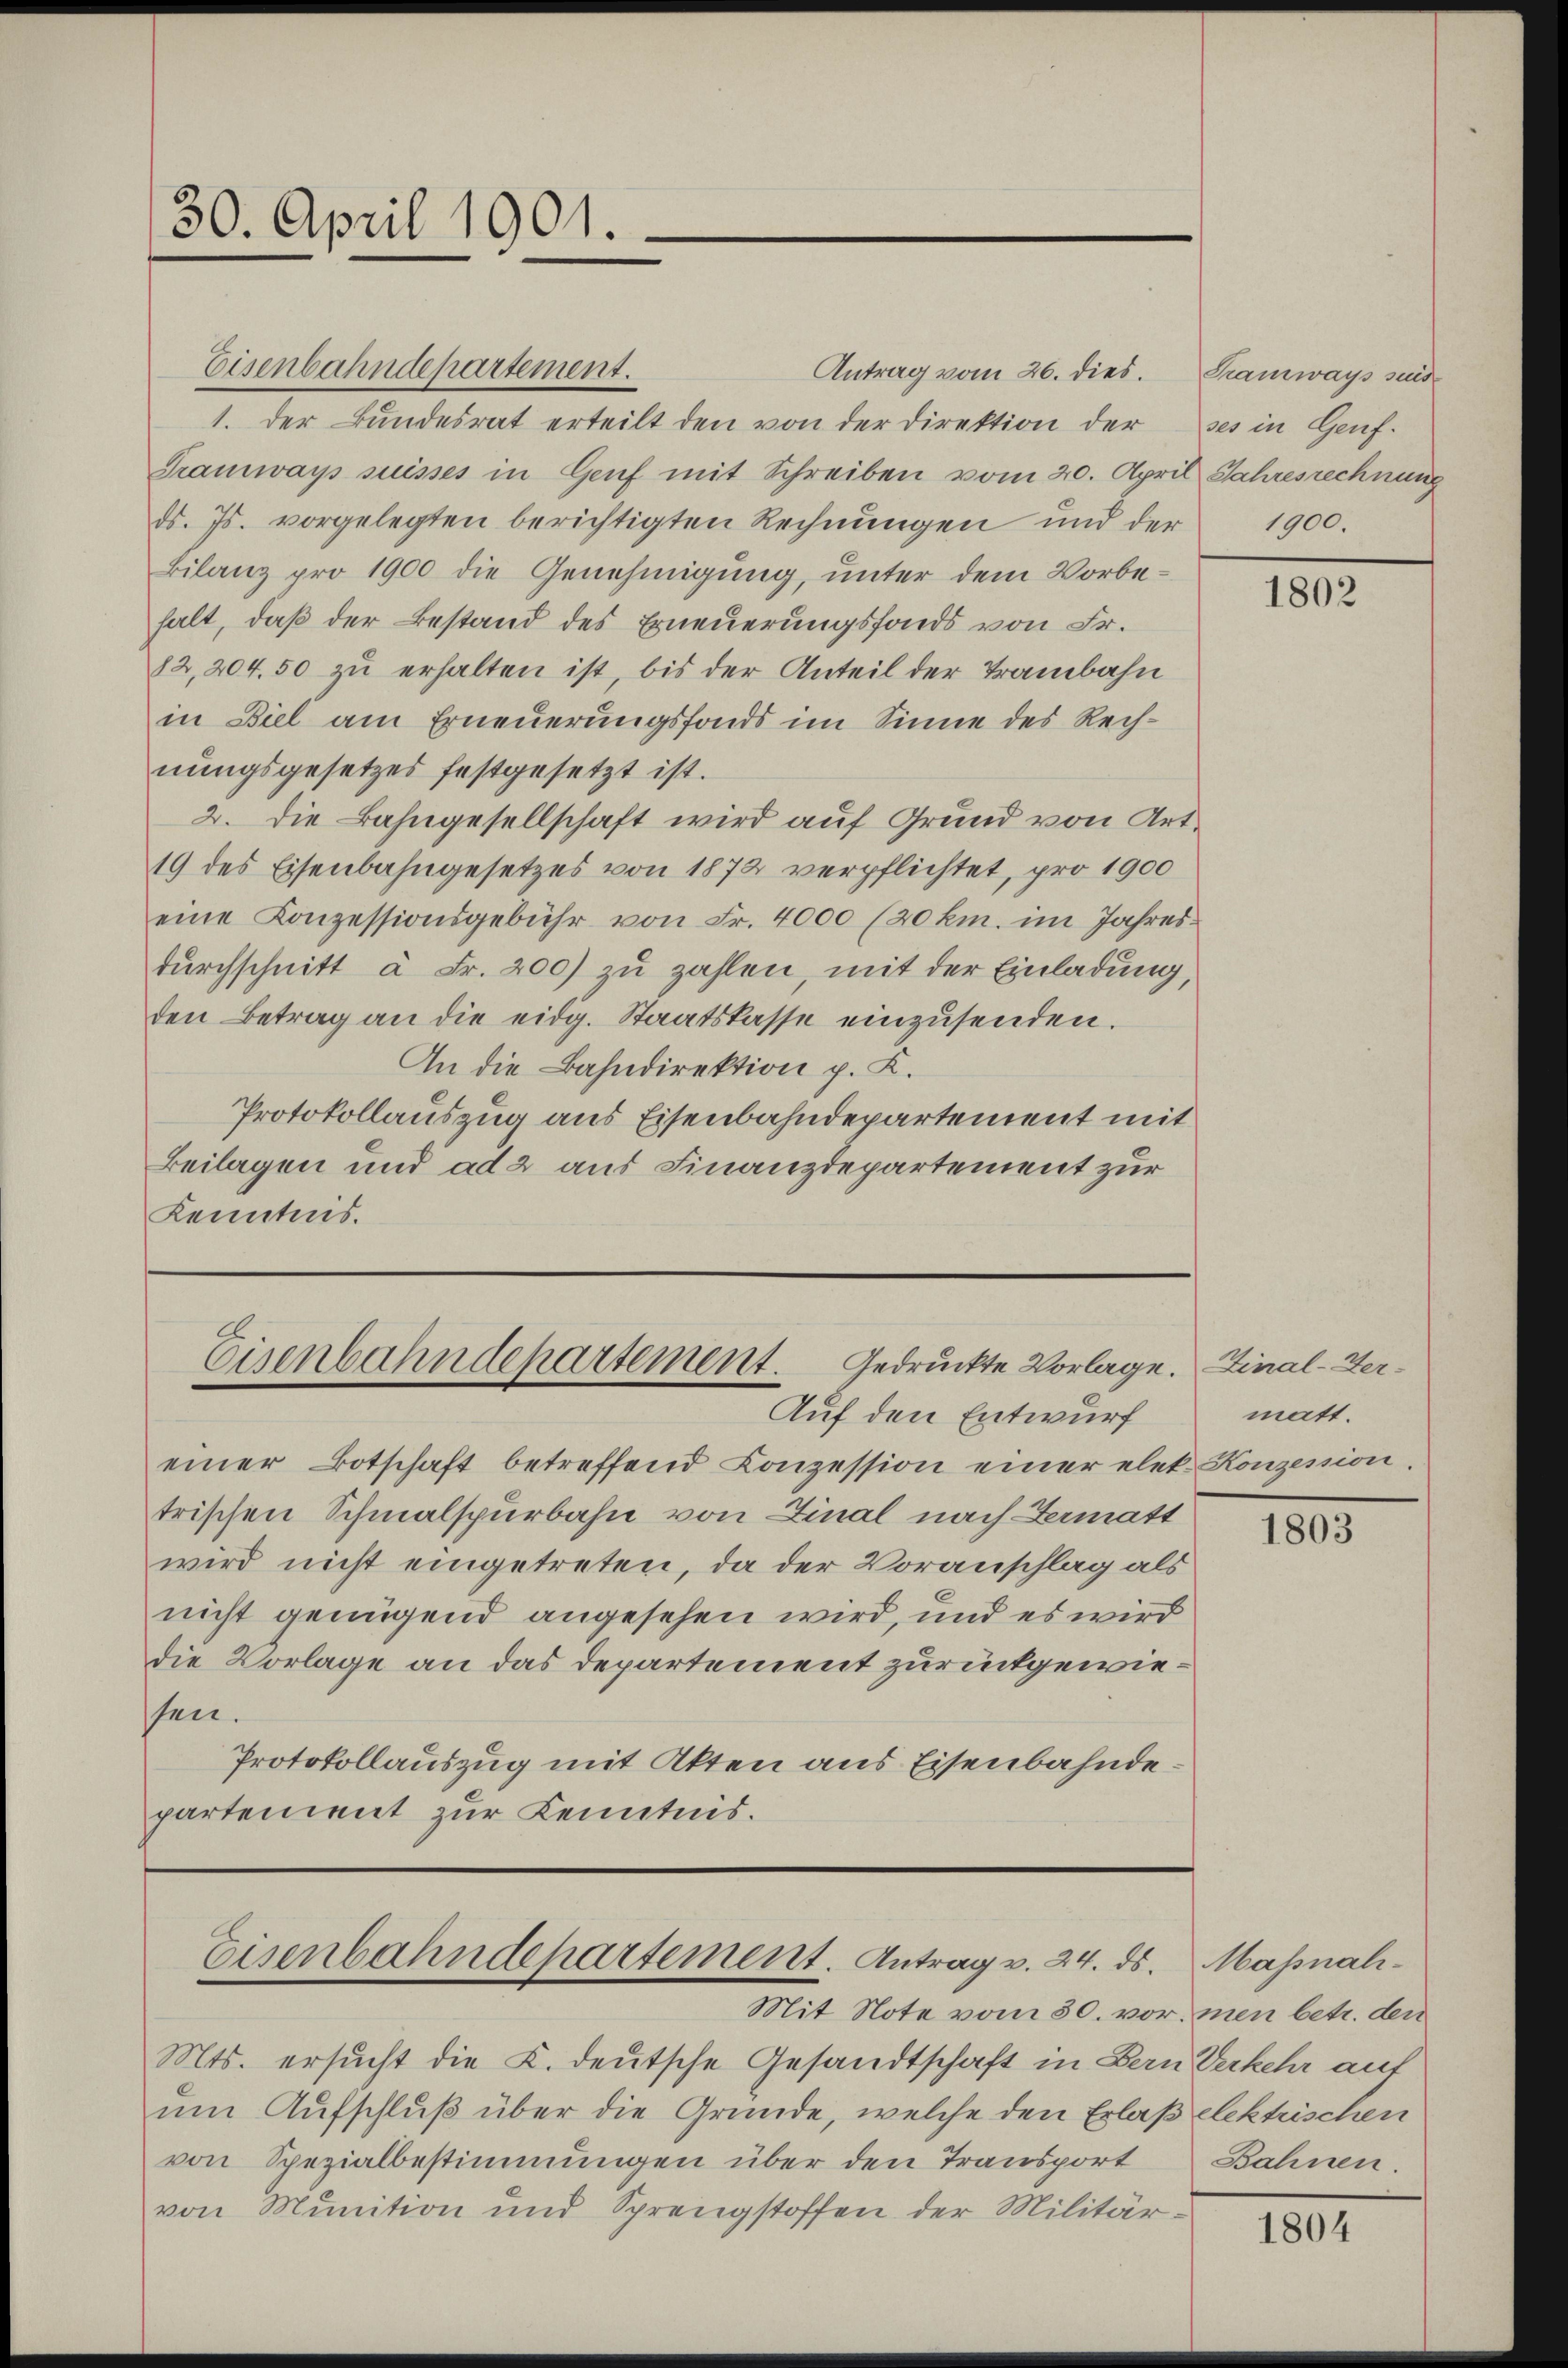
30. April 1901.

Antrag vom 26. dies. Tramways sind
1. Der Bundesrat erteilt den von der Direktion der
Tramways suisses in Genf mit Schreiben vom 20. April Jahresrechnung
ds. Js. vorgelegten berichtigten Rechnungen und der
Bilanz pro 1900 die Genehmigung, unter dem Vorbehalt, daß der Bestand des Erneuerungsfonds von Fr.
82,204.50 zu erhalten ist, bis der Anteil der Trambahn
in Biel am Erneuerungsfonds im Sinne des Rech-
nungsgesetzes festgesetzt ist.
2. Die Bahngesellschaft wird auf Grund von Art.
19 des Eisenbahngesetzes von 1872 verpflichtet, pro 1900
eine Konzessionsgebühr von Fr. 4000 (20 km. im Jahresdŭrchschnitt à Fr. 200) zu zahlen, mit der Einladung,
den Betrag an die eidg. Staatskasse einzusenden.
An die Bahndirektion p. K.
Protokollauszug aus Eisenbahndepartement mit
Beilagen und ad 2 aus Finanzdepartement zur
Kenntnis.

Eisenbahndepartement.

Eisenbahndepartement. Gedruckte Vorlage. Final-Ver¬
Auf den Entwurf

einer Botschaft betreffend Conzession einer elet. Konzession.
trischen Schmalspurbahn von Linal nach Hermatt
wird nicht eingetreten, da der Voranschlag als
nicht genügend angesehen wird, und es wird
die Vorlage an das Departement zurückgewiesten.
Protokollauszug mit Akten aus Eisenbahndepartement zur Kenntnis.

Eisenbahndepartement. Antrag v. 24. ds. Massnah¬

Mit Note vom 30. vor men betr. den
Mts. ersucht die K. deutsche Gesandtschaft in Bern Verkehr auf
um Aufschluß über die Gründe, welche den Erlaß elektrischen
von Spezialbestimmungen über den Transport
von Munition und Sprengstoffen der Militär

ses in Genf.
1900.

1802

matt.

1803

Bahnen.

1804